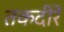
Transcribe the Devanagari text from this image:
तकदीरें